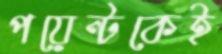
পয়েন্টকেই